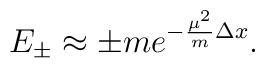
E_{\pm}\approx\pm me^{-\frac{\mu^{2}}{m}\Delta x}.